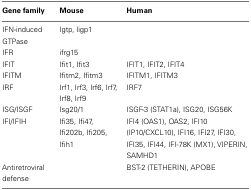
<table><thead><tr><td><b>Gene family</b></td><td><b>Mouse</b></td><td><b>Human</b></td></tr></thead><tbody><tr><td>IFN-induced GTPase</td><td>Igtp, ligp1</td><td></td></tr><tr><td>IFR</td><td>ifrg15</td><td></td></tr><tr><td>IFIT</td><td>Ifit1, Ifit3</td><td>IFIT1, IFIT2, IFIT4</td></tr><tr><td>IFITM</td><td>Ifitm2, Ifitm3</td><td>IFITM1, IFITM3</td></tr><tr><td>IRF</td><td>Irf1, Irf3, Irf6, Irf7, Irf8, Irf9</td><td>IRF7</td></tr><tr><td>ISG/ISGF</td><td>Isg20/1</td><td>ISGF-3 (STAT1a), ISG20, ISG56K</td></tr><tr><td>IFI/IFIH</td><td>Ifi35, Ifi47, Ifi202b, Ifi205, Ifih1</td><td>IFI4 (OAS1), OAS2, IFI10 (IP10/CXCL10), IFI16, IFI27, IFI30, IFI35, IFI44, IFI-78K (MX1), VIPERIN, SAMHD1</td></tr><tr><td>Antiretroviral defense</td><td></td><td>BST-2 (TETHERIN), APOBE</td></tr></tbody></table>